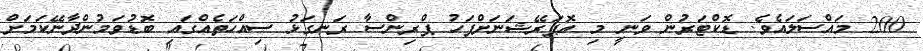
200 މައްސަލައެވެ. ޑޮކްޓަރުން ވަނީ މި އޮޕަރޭޝަނަށްފަހު ޕްރިންސާ ރަނގަޅު ސިއްހަތެއްގައި ބޮޑުވަމުންދާނޭކަމަށް